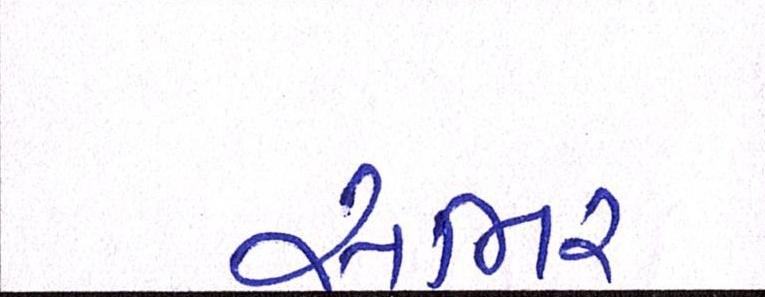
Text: સભર